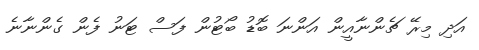
އަދި މިރޭ ޗެންނާއީން އަންނަ ބޮޑު ބޯޓުން ފަސް ޓަނު ފެން ގެންނާނެ